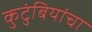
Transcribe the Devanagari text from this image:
कुटुंबियांचा